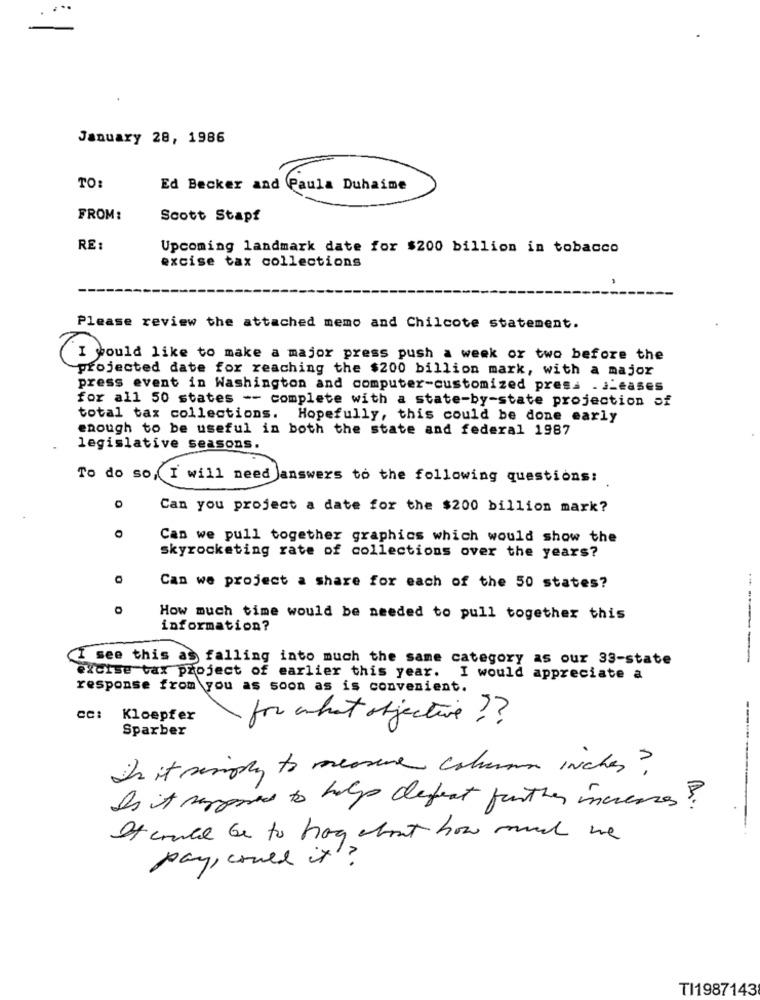
January 28, 1986
TO:
Ed Becker and Paula Duhaime
FROM:
Scott Stapf
RE:
Upcoming landmark date for $200 billion in tobacco
excise tax collections
Please review the attached memo and Chilcote statement.
I would like to make a major press push a week or two before the
projected date for reaching the $200 billion mark, with a major
press event in Washington and computer-customized presa . Leases
for all 50 states -- complete with a state-by-state projection of
total tax collections. Hopefully, this could be done early
enough to be useful in both the state and federal 1987
legislative seasons.
To do so,I will need answers to the following questions:
0
Can you project a date for the $200 billion mark?
O
Can we pull together graphics which would show the
skyrocketing rate of collections over the years?
0
Can we project a share for each of the 50 states?
How much time would be needed to pull together this
information?
I see this as falling into much the same category as our 33-state
------
excise tax project of earlier this year. I would appreciate a
response from you as soon as is convenient.
CC:
Kloepfer
for what objective?
---
Sparber
Is it simply to measure column inches ?
Is it supports to help defect further increases?
It could be to hog about how rund we
pay, could it?
TI1987143